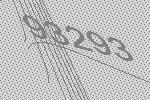
93293